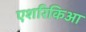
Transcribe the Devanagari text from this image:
एशरिकिआ